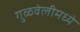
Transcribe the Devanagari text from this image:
गुळवेलीमध्ये